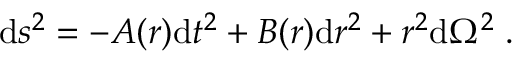
\mathrm { d } s ^ { 2 } = - A ( r ) \mathrm { d } t ^ { 2 } + B ( r ) \mathrm { d } r ^ { 2 } + r ^ { 2 } \mathrm { d } \Omega ^ { 2 } \; .